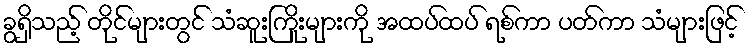
ခွရှိသည့် တိုင်များတွင် သံဆူးကြိုးများကို အထပ်ထပ် ရစ်ကာ ပတ်ကာ သံများဖြင့်